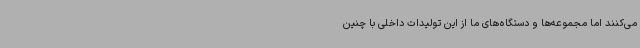
می‌کنند اما مجموعه‌ها و دستگاه‌های ما از این تولیدات داخلی با چنین